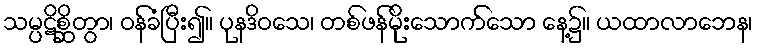
သမ္ပဋိစ္ဆိတွာ၊ ဝန်ခံပြီး၍။ ပုနဒိဝသေ၊ တစ်ဖန်မိုးသောက်သော နေ့၌။ ယထာလာဘေန၊